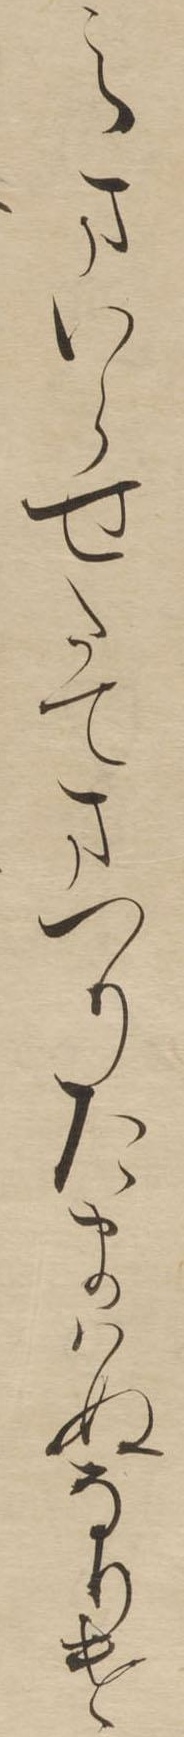
えまいらせたてまつりたまはぬなりけ